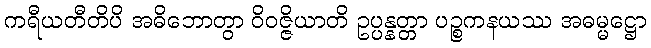
ကရီယတီတိပိ အဓိဘောတွာ ဝိဝဇ္ဇိယာတိ ဥပ္ပန္နတ္တာ ပဉ္စကနယဿ အဓမ္မဋ္ဌော